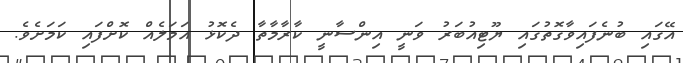
އޭގައި ބުނެފައިވާގޮތުގައި ޔޫޓިއުބަރު ވަނީ އިންސާނީ ކާރާމާތާ ދެކޮޅު އަމަލެއް ކޮށްފައި ކަމަށެވެ.